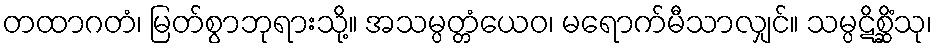
တထာဂတံ၊ မြတ်စွာဘုရားသို့။ အသမ္ပတ္တံယေဝ၊ မရောက်မီသာလျှင်။ သမ္ပဋိစ္ဆိံသု၊